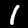
Label: 1